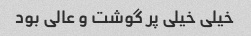
خیلی خیلی پر گوشت و عالی بود